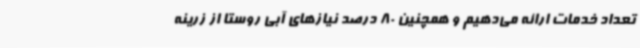
تعداد خدمات ارائه می‌دهیم و همچنین 80 درصد نیازهای آبی روستا از زرینه